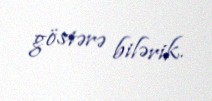
göstərə bilərik.